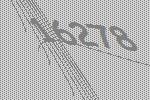
16278